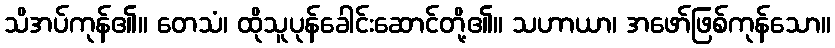
သိအပ်ကုန်၏။ တေသံ၊ ထိုသူပုန်ခေါင်းဆောင်တို့၏။ သဟာယာ၊ အဖော်ဖြစ်ကုန်သော။